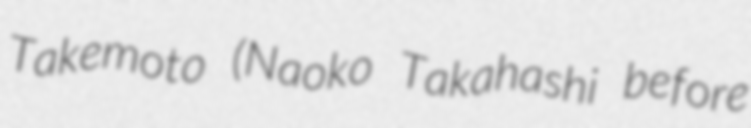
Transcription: Takemoto (Naoko Takahashi before